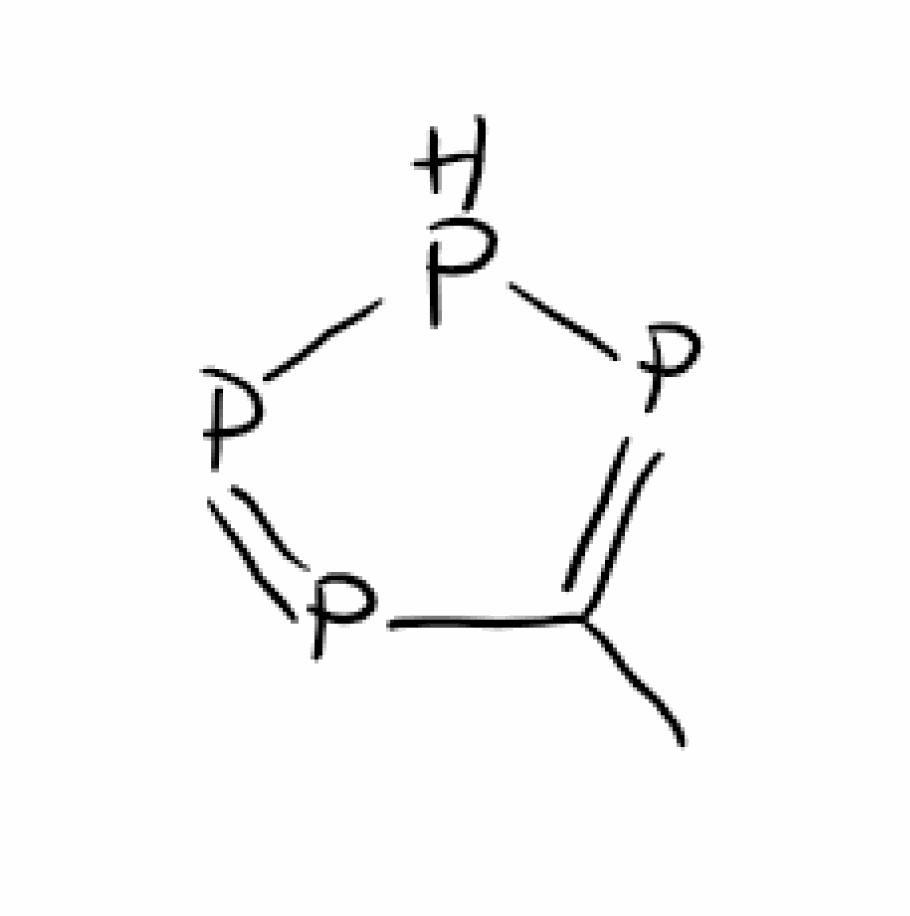
Simplified molecular-input line-entry system (SMILES) notation of the given molecule:
CC1=PPP=P1